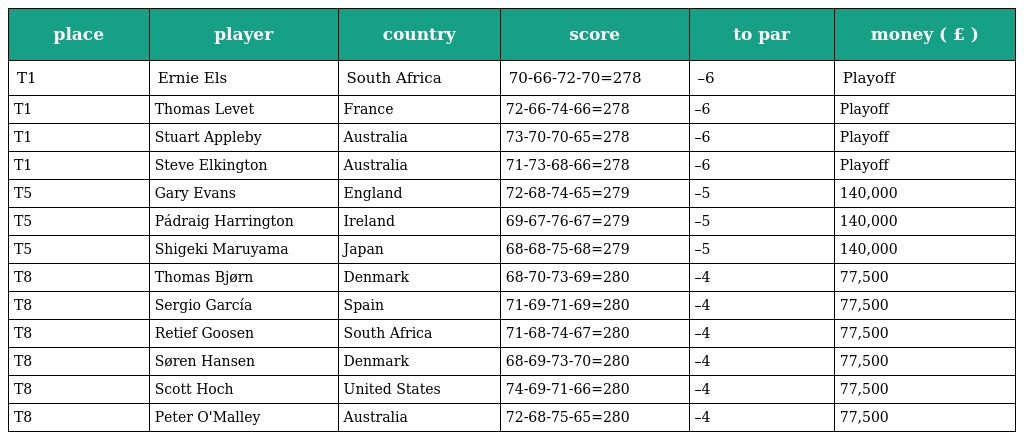
| place | player | country | score | to par | money ( £ ) |
 | --- | --- | --- | --- | --- | --- |
 | T1 | Ernie Els | South Africa | 70-66-72-70=278 | –6 | Playoff |
 | T1 | Thomas Levet | France | 72-66-74-66=278 | –6 | Playoff |
 | T1 | Stuart Appleby | Australia | 73-70-70-65=278 | –6 | Playoff |
 | T1 | Steve Elkington | Australia | 71-73-68-66=278 | –6 | Playoff |
 | T5 | Gary Evans | England | 72-68-74-65=279 | –5 | 140,000 |
 | T5 | Pádraig Harrington | Ireland | 69-67-76-67=279 | –5 | 140,000 |
 | T5 | Shigeki Maruyama | Japan | 68-68-75-68=279 | –5 | 140,000 |
 | T8 | Thomas Bjørn | Denmark | 68-70-73-69=280 | –4 | 77,500 |
 | T8 | Sergio García | Spain | 71-69-71-69=280 | –4 | 77,500 |
 | T8 | Retief Goosen | South Africa | 71-68-74-67=280 | –4 | 77,500 |
 | T8 | Søren Hansen | Denmark | 68-69-73-70=280 | –4 | 77,500 |
 | T8 | Scott Hoch | United States | 74-69-71-66=280 | –4 | 77,500 |
 | T8 | Peter O'Malley | Australia | 72-68-75-65=280 | –4 | 77,500 |